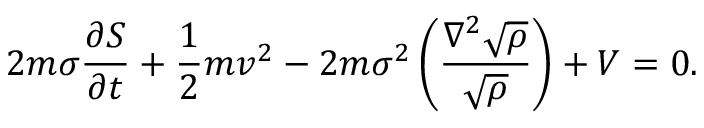
2 m \sigma \frac { \partial S } { \partial t } + \frac { 1 } { 2 } m v ^ { 2 } - 2 m \sigma ^ { 2 } \left( \frac { \nabla ^ { 2 } \sqrt { \rho } } { \sqrt { \rho } } \right) + V = 0 .